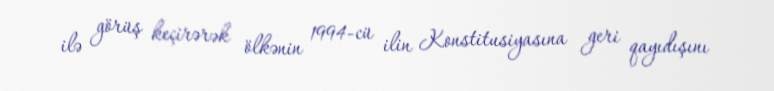
ilə görüş keçirərək ölkənin 1994-cü ilin Konstitusiyasına geri qayıdışını